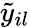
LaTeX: \tilde{y}_{il}